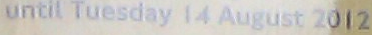
until Tuesday 14 August 2012